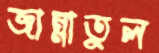
জান্নাতুল